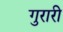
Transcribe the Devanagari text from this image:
गुरारी